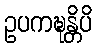
ဥပကဍ္ဎန္တိပိ